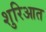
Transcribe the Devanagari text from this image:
शुरिआत